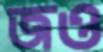
জও